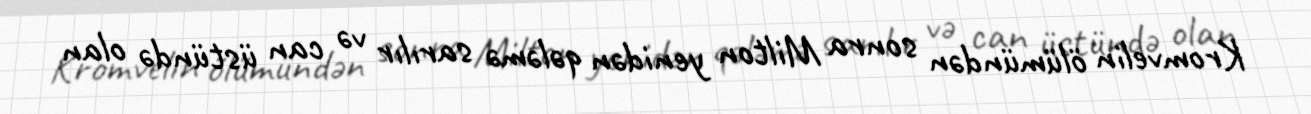
Kromvelin ölümündən sonra Milton yenidən qələmə sarılır və can üstündə olan